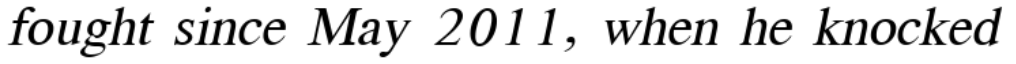
fought since May 2011, when he knocked